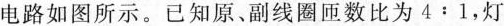
电路如图所示。已知原、副线圈匝数比为4:1，灯